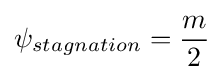
\psi _{stagnation}={\frac {m}{2}}